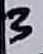
Text: 3